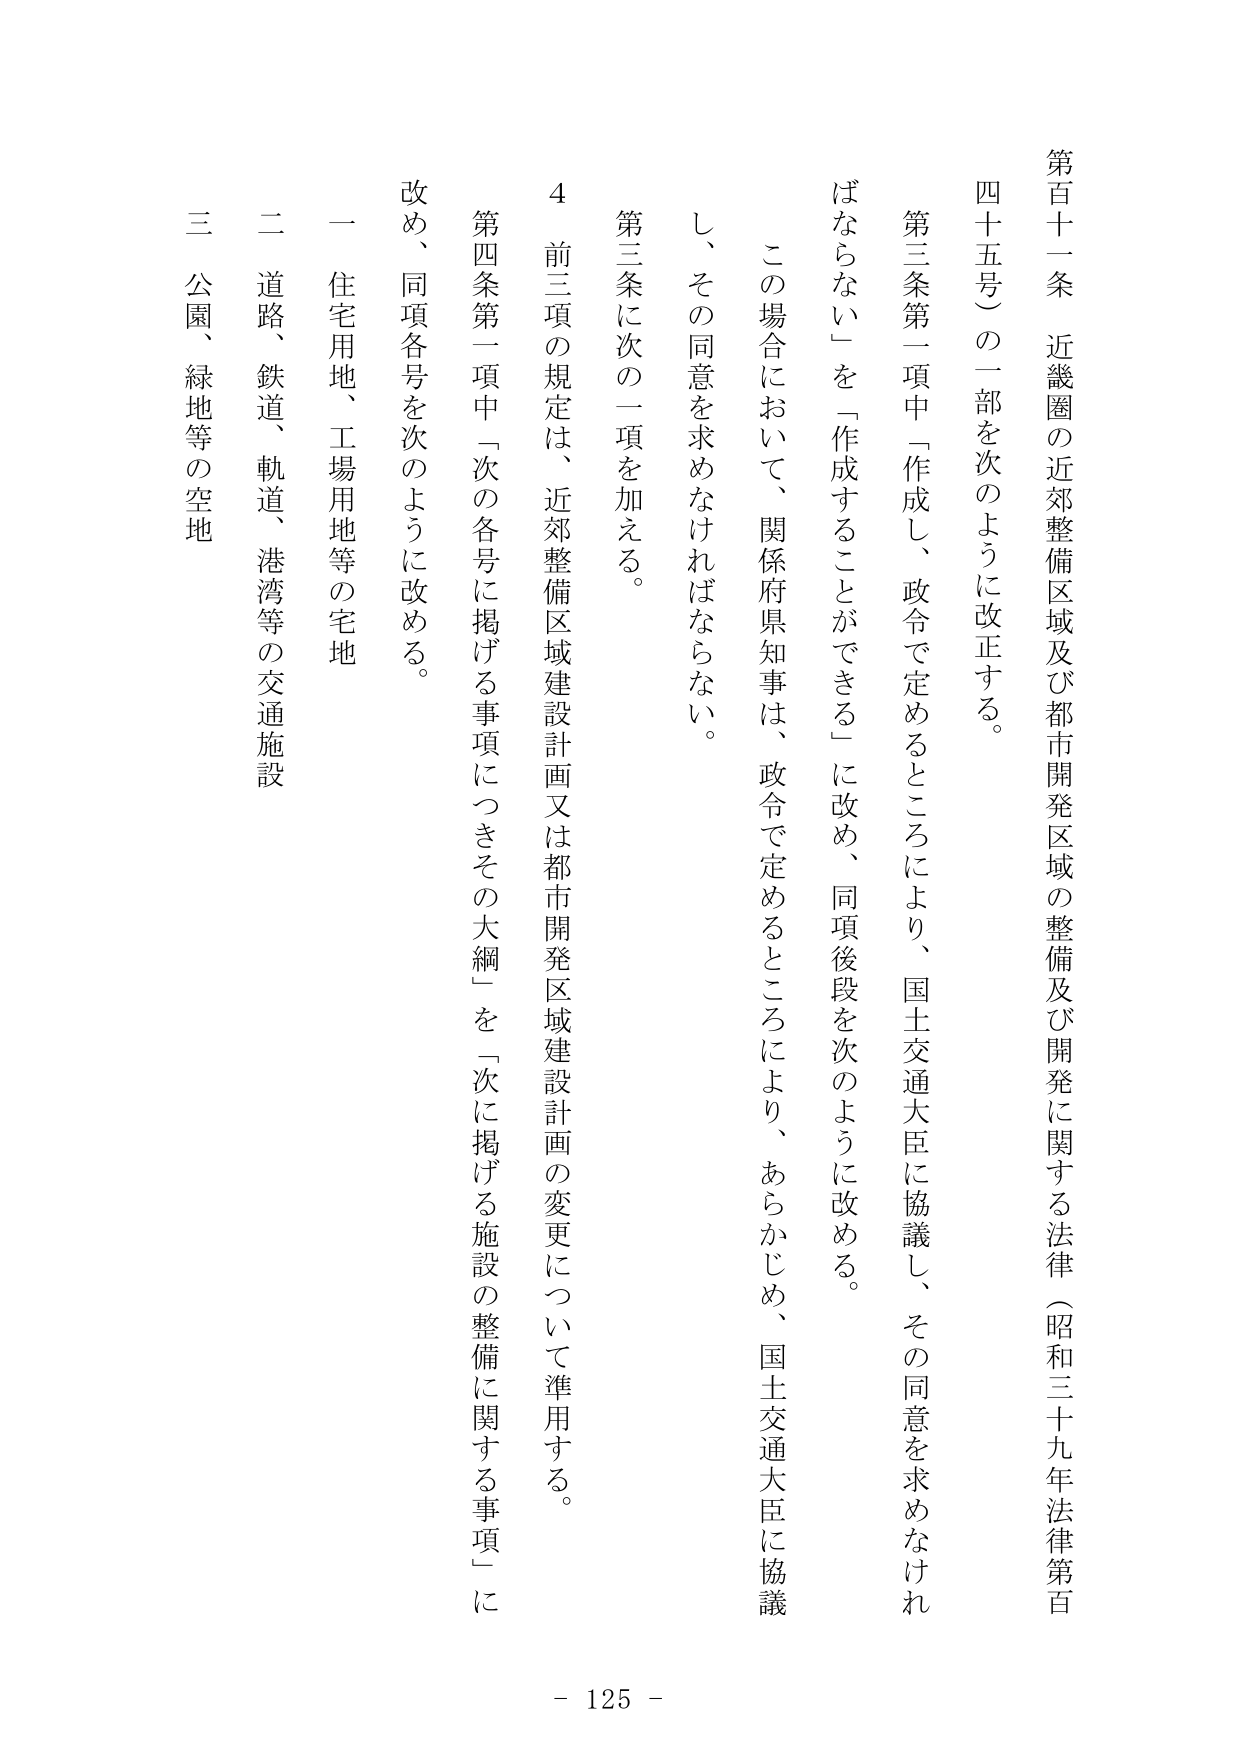
第百十一条　近畿圏の近郊整備区域及び都市開発区域の整備及び開発に関する法律（昭和三十九年法律第百四十五号）の一部を次のように改正する。

第三条第一項中「作成し、政令で定めるところにより、国土交通大臣に協議し、その同意を求めなければならない」を「作成することができる」に改め、同項後段を次のように改める。

この場合において、関係府県知事は、政令で定めるところにより、あらかじめ、国土交通大臣に協議し、その同意を求めなければならない。

第三条に次の一項を加える。

４　前三項の規定は、近郊整備区域建設計画又は都市開発区域建設計画の変更について準用する。

第四条第一項中「次の各号に掲げる事項につきその大綱」を「次に掲げる施設の整備に関する事項」に改め、同項各号を次のように改める。

一　住宅用地、工場用地等の宅地

二　道路、鉄道、軌道、港湾等の交通施設

三　公園、緑地等の空地

- 125 -